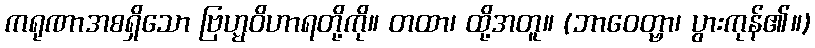
ကရုဏာအစရှိသော ဗြဟ္မဝိဟာရတို့ကို။ တထာ၊ ထို့အတူ။ (ဘာဝေတ္ဗာ၊ ပွားကုန်၏။)